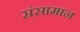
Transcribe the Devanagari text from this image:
संसामान